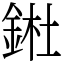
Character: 𨧀